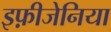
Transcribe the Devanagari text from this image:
इफ़ीजेनिया